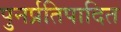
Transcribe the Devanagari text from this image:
पुनर्प्रतिपादित